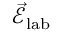
\vec { \mathcal { E } } _ { \mathrm { l a b } }